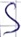
Text: S